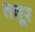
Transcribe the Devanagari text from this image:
तनूर